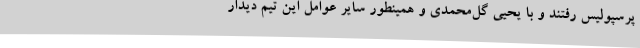
پرسپولیس رفتند و با یحیی گل‌محمدی و همینطور سایر عوامل این تیم دیدار